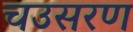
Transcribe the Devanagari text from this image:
चउसरण